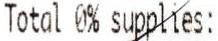
TOTAL 0% SUPPLIES: